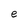
Character: e